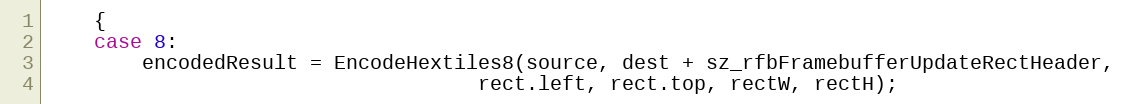
Language: C++
	{
	case 8:
		encodedResult = EncodeHextiles8(source, dest + sz_rfbFramebufferUpdateRectHeader,
									rect.left, rect.top, rectW, rectH);